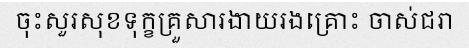
ចុះសួរសុខទុក្ខគ្រួសារងាយរងគ្រោះ ចាស់ជរា